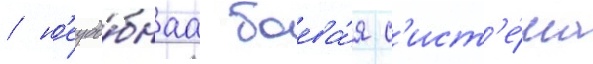
/ н'еудо́бнаа боева́я с'ист'е́ма